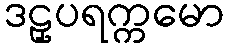
ဒဠှပရက္ကမော